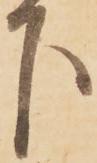
下